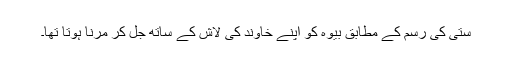
ستی کی رسم کے مطابق بیوہ کو اپنے خاوند کی لاش کے ساتھ جل کر مرنا ہوتا تھا۔